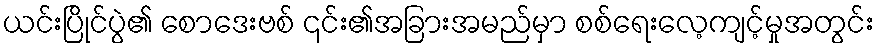
ယင်းပြိုင်ပွဲ၏ စောဒေးဗစ် ၎င်း၏အခြားအမည်မှာ စစ်ရေးလေ့ကျင့်မှုအတွင်း